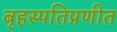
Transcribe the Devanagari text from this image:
बृहस्पतिप्रणीत